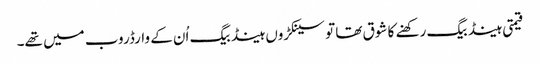
قیمتی ہینڈ بیگ رکھنے کا شوق تھا تو سینکڑوں ہینڈ بیگ اُن کے وارڈروب میں تھے۔